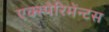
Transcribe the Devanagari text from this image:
एक्स्पेरिमेंन्टस